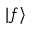
| f \rangle